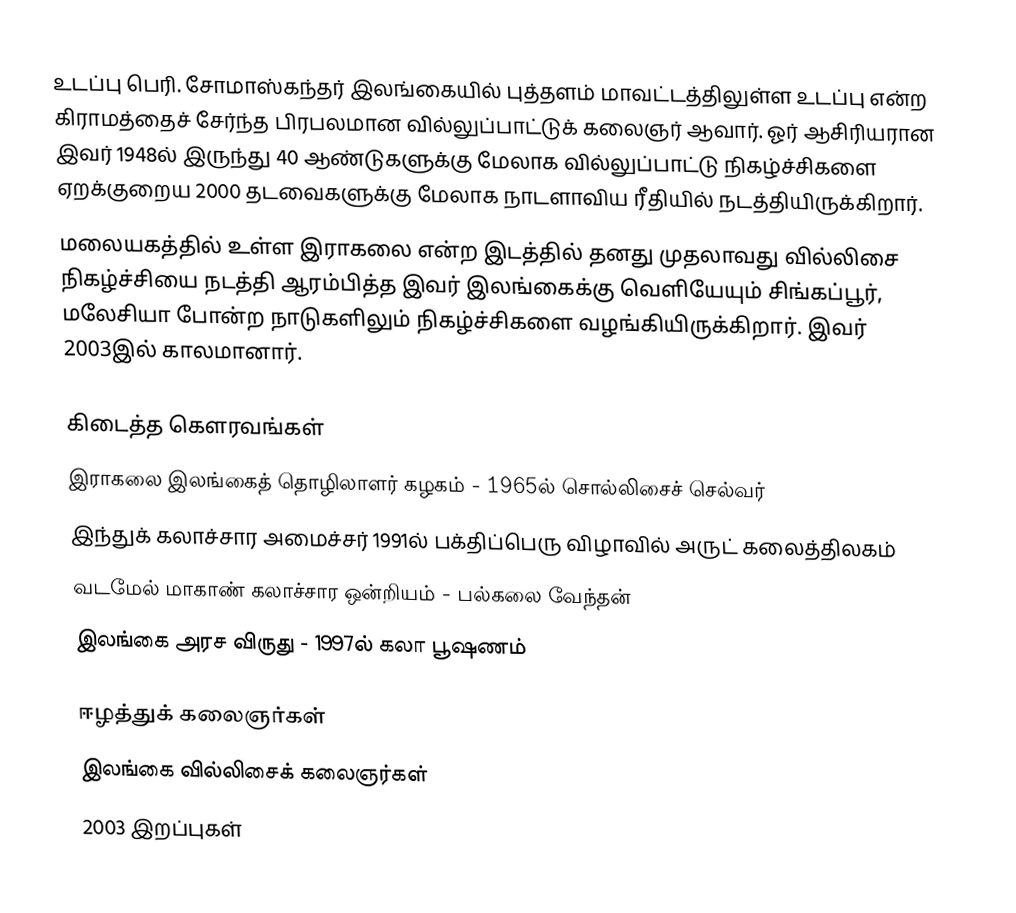
உடப்பு பெரி. சோமாஸ்கந்தர் இலங்கையில் புத்தளம் மாவட்டத்திலுள்ள உடப்பு என்ற கிராமத்தைச் சேர்ந்த பிரபலமான வில்லுப்பாட்டுக் கலைஞர் ஆவார். ஓர் ஆசிரியரான இவர் 1948ல் இருந்து 40 ஆண்டுகளுக்கு மேலாக வில்லுப்பாட்டு நிகழ்ச்சிகளை ஏறக்குறைய 2000 தடவைகளுக்கு மேலாக நாடளாவிய ரீதியில் நடத்தியிருக்கிறார்.
மலையகத்தில் உள்ள இராகலை என்ற இடத்தில் தனது முதலாவது வில்லிசை நிகழ்ச்சியை நடத்தி ஆரம்பித்த இவர் இலங்கைக்கு வெளியேயும் சிங்கப்பூர், மலேசியா போன்ற  நாடுகளிலும் நிகழ்ச்சிகளை வழங்கியிருக்கிறார். இவர் 2003இல் காலமானார்.

கிடைத்த கெளரவங்கள்
 இராகலை இலங்கைத் தொழிலாளர் கழகம் - 1965ல் சொல்லிசைச் செல்வர்
 இந்துக் கலாச்சார அமைச்சர் 1991ல் பக்திப்பெரு விழாவில்  அருட் கலைத்திலகம்
 வடமேல் மாகாண் கலாச்சார ஒன்றியம் - பல்கலை வேந்தன்
 இலங்கை அரச விருது - 1997ல் கலா பூஷணம்

 ஈழத்துக் கலைஞர்கள்
இலங்கை வில்லிசைக் கலைஞர்கள்
2003 இறப்புகள்